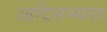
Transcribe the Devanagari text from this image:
आदिसभ्‍यता